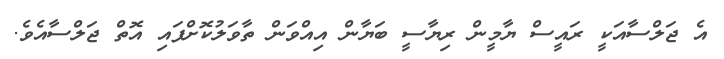
އެ ޖަލްސާއަކީ ރައީސް ޔާމީން ރިޔާސީ ބަޔާން އިއްވަން ތާވަލުކޮށްފައި އޮތް ޖަލްސާއެވެ.